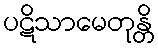
ပဋိသာမေတုန္တိ